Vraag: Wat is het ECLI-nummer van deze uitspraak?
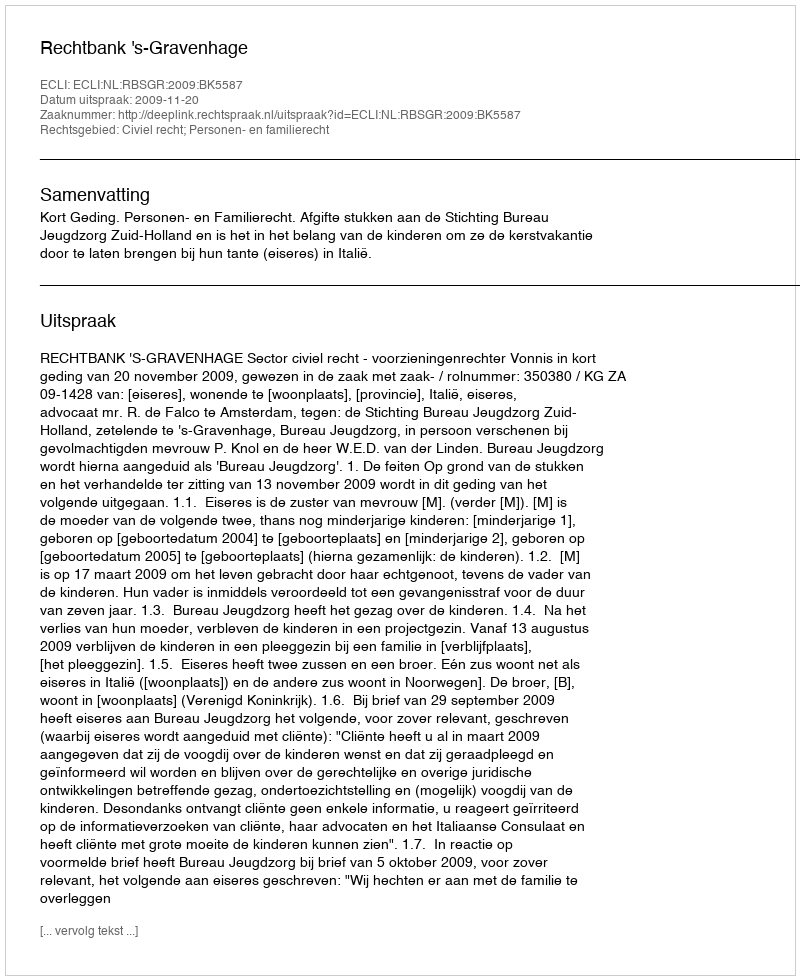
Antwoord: ECLI:NL:RBSGR:2009:BK5587